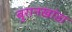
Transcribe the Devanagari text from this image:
बुरानखांडा